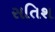
સતિશ